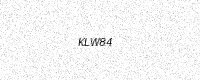
Text: KLW84